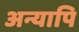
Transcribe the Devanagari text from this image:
अन्यापि